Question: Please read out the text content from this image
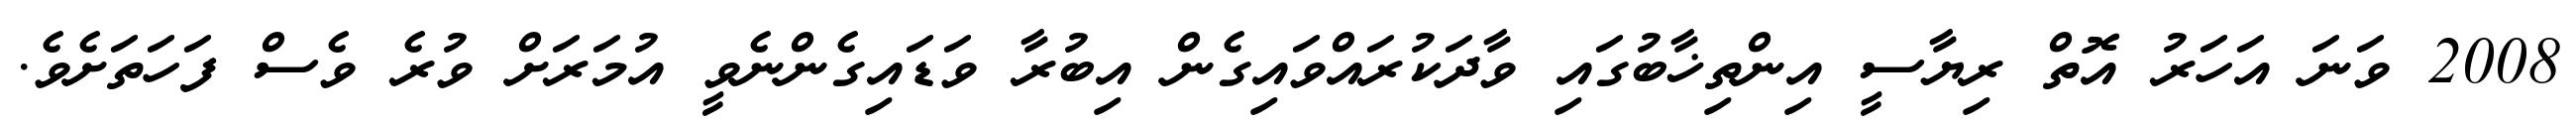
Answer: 2008 ވަނަ އަހަރު އޮތް ރިޔާސީ އިންތިޚާބުގައި ވާދަކުރައްވައިގެން އިބުރާ ވަޑައިގެންނެވީ އުމަރަށް ވުރެ ވެސް ފަހަތަށެވެ.